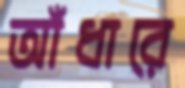
আঁধারে